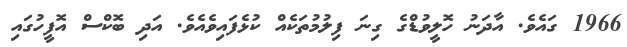
1966 ގައެވެ. އާދަނު ހޮލީވުޑްގެ ގިނަ ފިލުމުތަކެއް ކުޅެފައިވެއެވެ. އަދި ބޮކްސް އޮފީހުގައި